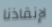
لإنقاذنا